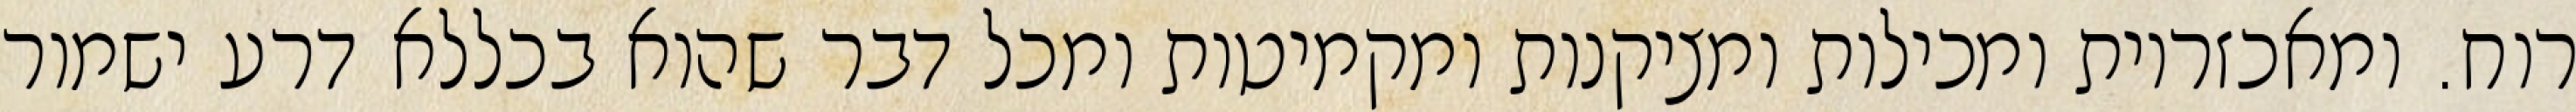
רוח. ומאכזריות ומכילות ומציקנות ומקמיטות ומכל דבר שהוא בכללא דרע ישמור